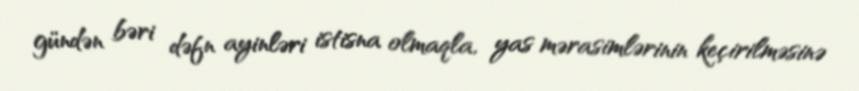
gündən bəri dəfn ayinləri istisna olmaqla, yas mərasimlərinin keçirilməsinə